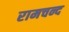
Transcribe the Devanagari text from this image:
रामचन्द